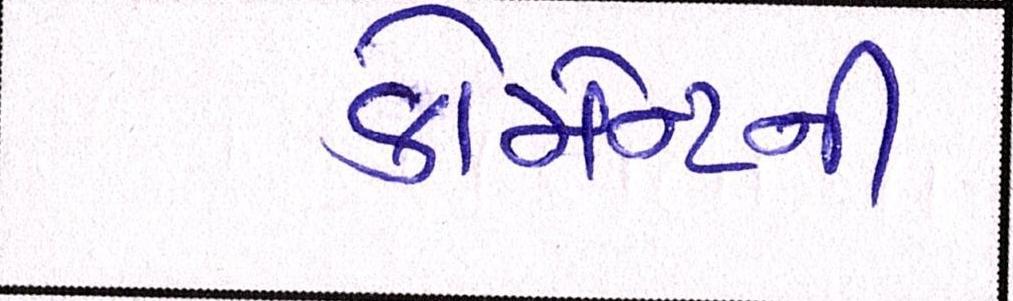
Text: કોમેન્ટની